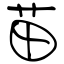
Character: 苗